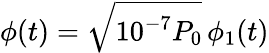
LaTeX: \phi(t)=\sqrt{10^{-7}P_{0}}\, \phi_{1}(t)